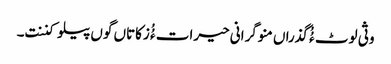
وثی لوٹ ءُُ گذراں منوگرانی حیرات ءُُ زکاتاں گوں پیلو کننت۔